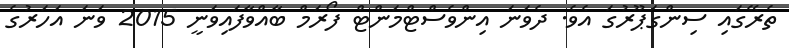
ތެރޭގައި ސިންގަޕޫރުގަ އެވެ. ދެވަނަ އިންވެސްޓްމަންޓް ފޯރަމް ބާއްވާފައިވަނީ 2015 ވަނަ އަހަރުގެ